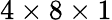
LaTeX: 4\times 8\times 1